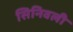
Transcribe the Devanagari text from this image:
सिनिवली